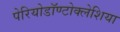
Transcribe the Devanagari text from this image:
पेरियोडॉण्टोक्लेशिया